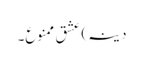
دینہ) عشق ممنوع۔